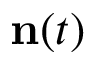
{ \bf n } ( t )